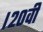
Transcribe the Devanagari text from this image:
।२०वीं